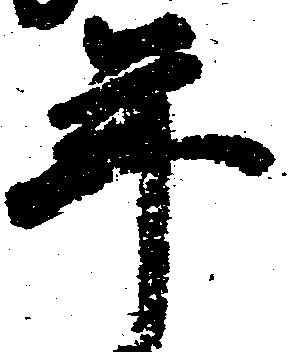
年